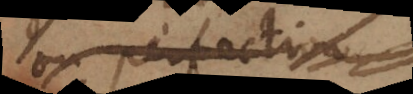
ou perfection.